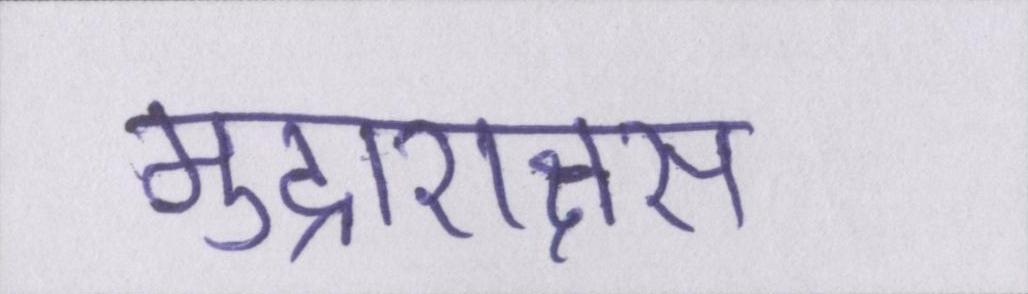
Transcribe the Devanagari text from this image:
मुद्राराक्षस